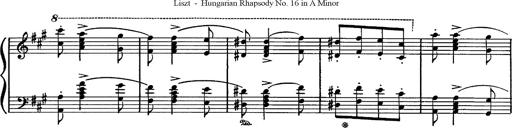
Title: Hungarian Rhapsody No.16
Composer: Franz Liszt
Key: A minor